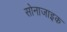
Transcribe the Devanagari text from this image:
सोनाजाइक